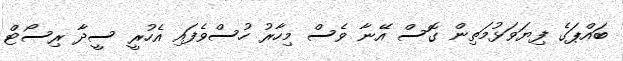
ބައްޕަގެ ފިޔަވަޅުމަތިން ގޮސް އޭނާ ވެސް މިހާރު ހުސްވެފައި އެހުރީ ސީދާ ރިސޯޓް